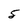
Character: 5